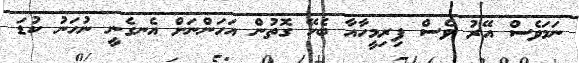
ނަމަވެސް އޭރު ވެސް ފިރިމީހާއާ ބެހޭ ގޮތުން އަހަންނަށް އެނގެނީ ނުހަނު ކުޑަ